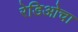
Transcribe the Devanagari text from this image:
रेडिओचा